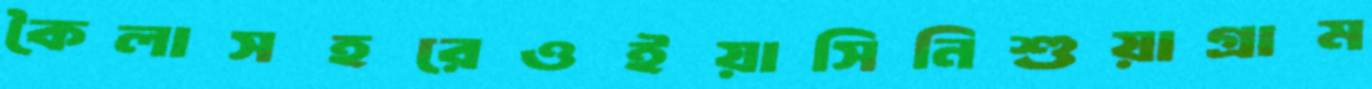
কৈলাসহরেওইয়াসিনিশুয়াগ্রাম